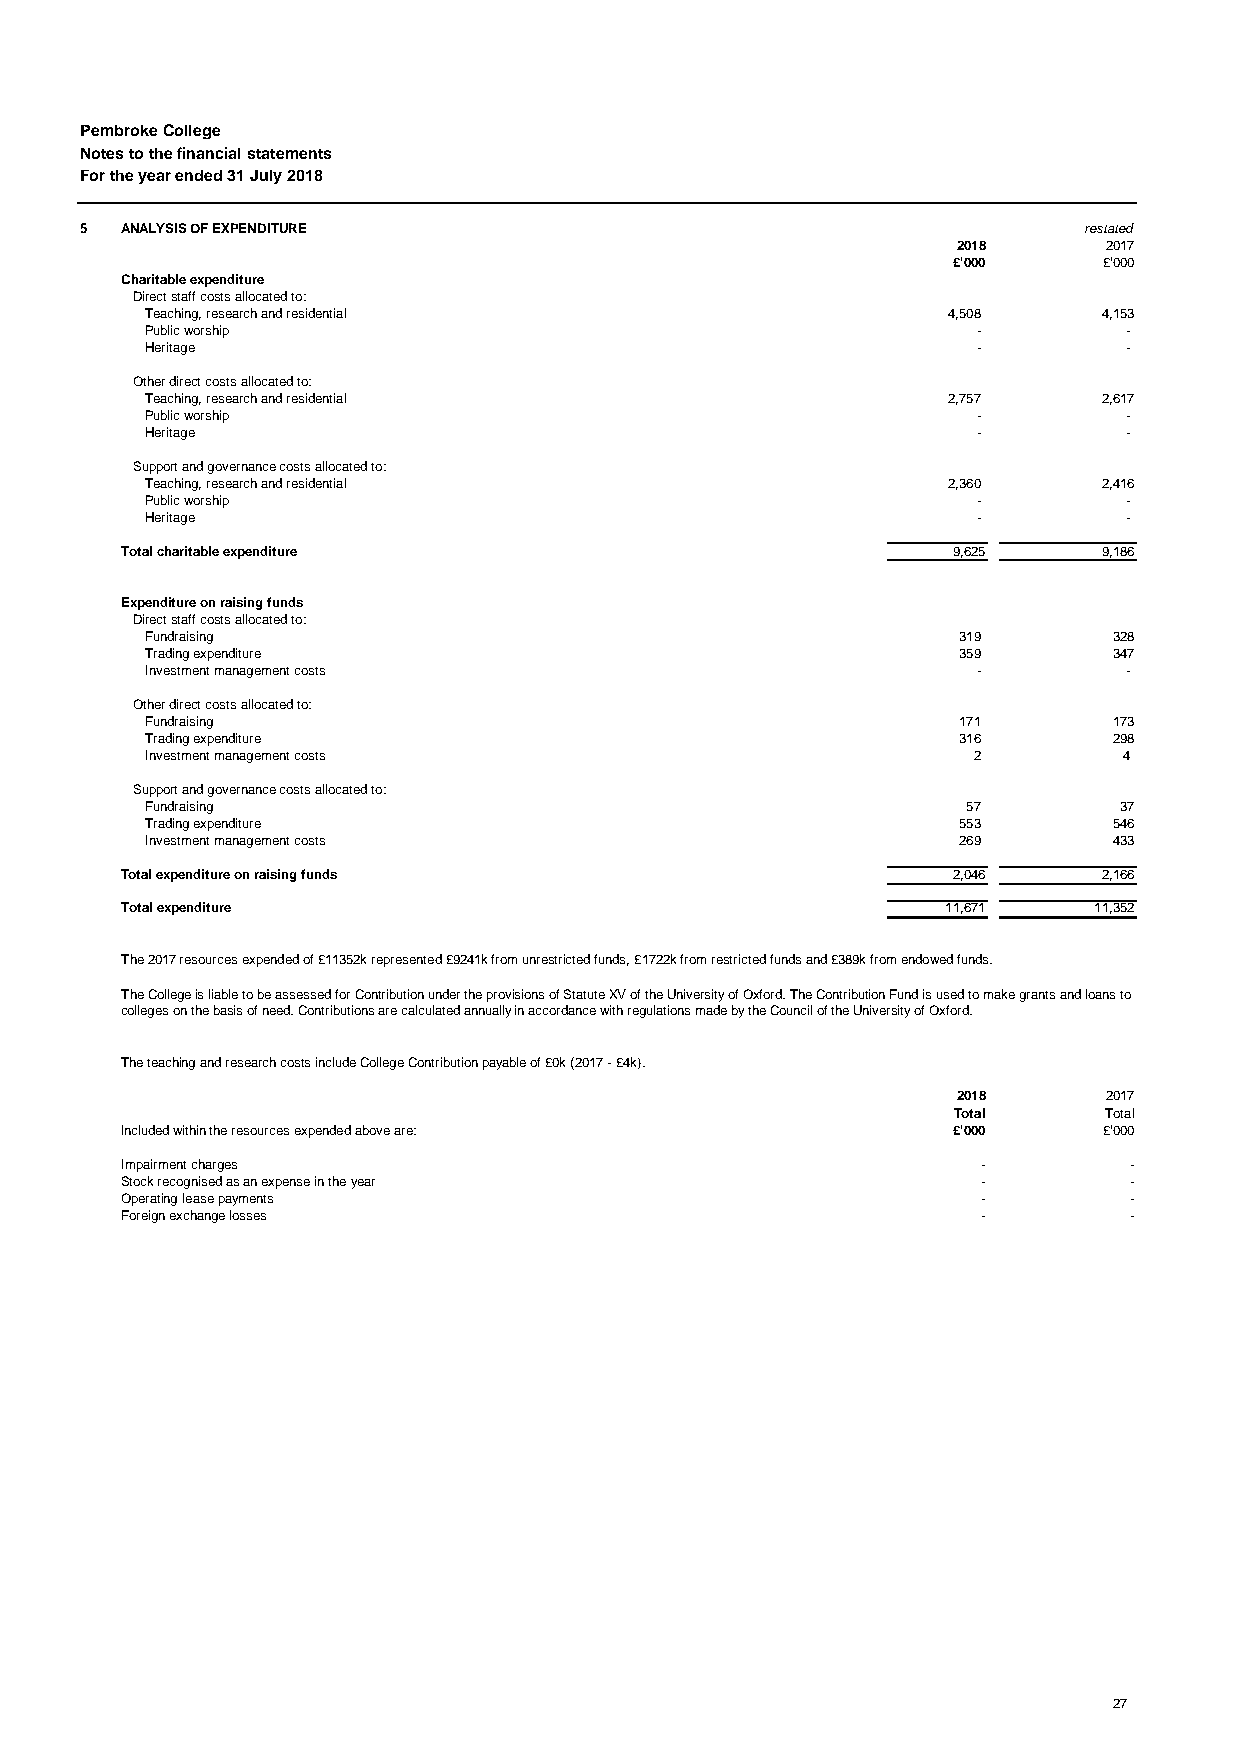
Pembroke College
 Notes to the financial statements
 For the year ended 31 July 2018
 5  ANALYSIS OF EXPENDITURE                                         restated
 2018      2017
 £'000     £'000
 Charitable expenditure
 Direct staff costs allocated to:
 Teaching, research and residential                   4,508     4,153
 Public worship                                         -        -
 Heritage                                               -        -
 Other direct costs allocated to:
 Teaching, research and residential                   2,757     2,617
 Public worship                                         -        -
 Heritage                                               -        -
 Support and governance costs allocated to:
 Teaching, research and residential                   2,360     2,416
 Public worship                                         -        -
 Heritage                                               -        -
 Total charitable expenditure                           9,625     9,186
 Expenditure on raising funds
 Direct staff costs allocated to:
 Fundraising                                          319        328
 Trading expenditure                                  359        347
 Investment management costs                            -        -
 Other direct costs allocated to:
 Fundraising                                          171        173
 Trading expenditure                                  316        298
 Investment management costs                           2         4
 Support and governance costs allocated to:
 Fundraising                                           57        37
 Trading expenditure                                  553        546
 Investment management costs                          269        433
 Total expenditure on raising funds                     2,046     2,166
 Total expenditure                                      11,671   11,352
 The 2017 resources expended of £11352k represented £9241k from unrestricted funds, £1722k from restricted funds and £389k from endowed funds.
 The College is liable to be assessed for Contribution under the provisions of Statute XV of the University of Oxford. The Contribution Fund is used to make grants and loans to
 colleges on the basis of need. Contributions are calculated annually in accordance with regulations made by the Council of the University of Oxford.
 The teaching and research costs include College Contribution payable of £0k (2017 - £4k).
 2018      2017
 Total     Total
 Included within the resources expended above are:      £'000     £'000
 Impairment charges                                       -         -
 Stock recognised as an expense in the year               -         -
 Operating lease payments                                 -         -
 Foreign exchange losses                                  -         -
 27